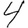
Digit: 4